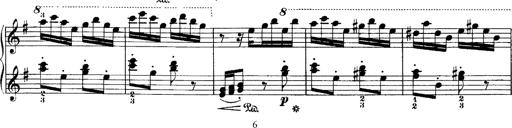
Title: Hungarian Rhapsody No.7
Composer: Franz Liszt
Key: D minor